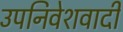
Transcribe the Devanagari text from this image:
उपनिवेशवादी